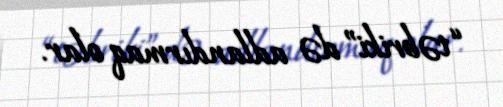
“təbriki” də adlandırmaq olar.